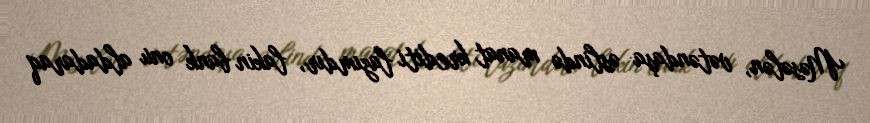
Məsələn, vətəndaşa əslində manat krediti lazımdır, lakin bank onu aldadaraq